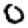
Digit: 0